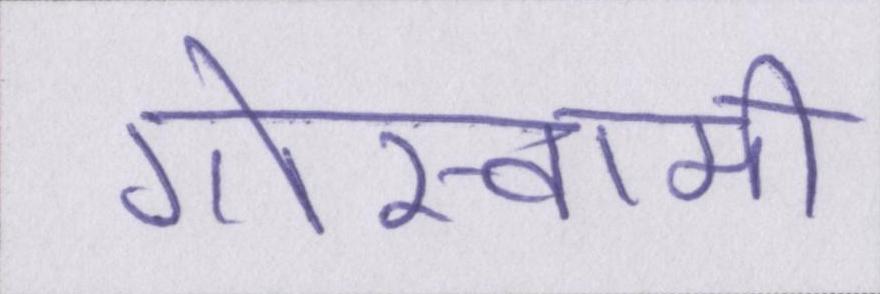
गोस्वामी